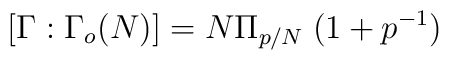
[\Gamma: \Gamma_o(N)] =N \Pi_{p/N}\;(1+p^{-1})